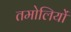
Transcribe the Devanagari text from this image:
तमोलियों